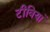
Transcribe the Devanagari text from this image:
टीवियां